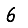
Digit: 6